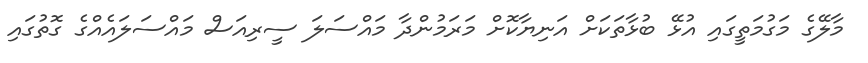
މާލޭގެ މަގުމަތީގައި އުޅޭ ބުޅާތަކަށް އަނިޔާކޮށް މަރަމުންދާ މައްސަލަ ސީރިއަސް މައްސަލައެއްގެ ގޮތުގައި